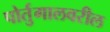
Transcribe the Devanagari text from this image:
पोर्तुगालवरील